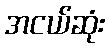
အငယ်ဆုံး